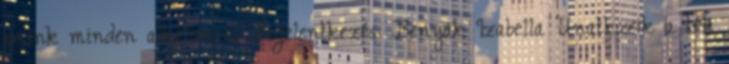
smink minden alkalomra. Bejelentkezés: Benyák Izabella Unatkozik a téli